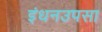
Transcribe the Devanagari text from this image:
इंधनउपसा